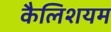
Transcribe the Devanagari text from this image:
कैलिशयम